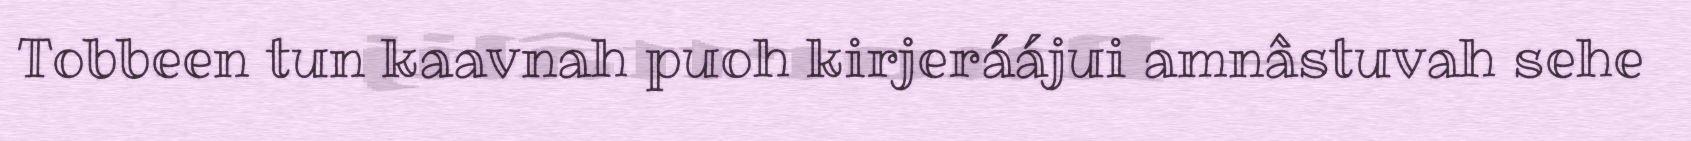
Tobbeen tun kaavnah puoh kirjeráájui amnâstuvah sehe